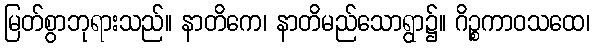
မြတ်စွာဘုရားသည်။ နာတိကေ၊ နာတိမည်သောရွာ၌။ ဂိဉ္စကာဝသထေ၊